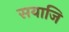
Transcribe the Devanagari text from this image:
सयाजि